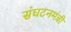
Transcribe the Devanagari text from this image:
संघटनमंत्री